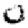
Digit: 0